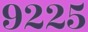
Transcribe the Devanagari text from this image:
९२२५